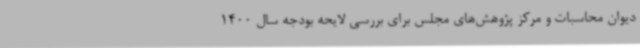
دیوان محاسبات و مرکز پژوهش‌های مجلس برای بررسی لایحه بودجه سال 1400